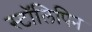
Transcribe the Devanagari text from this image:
स्टॉलिपिन